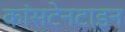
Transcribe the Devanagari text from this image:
कांसटेनटाइन